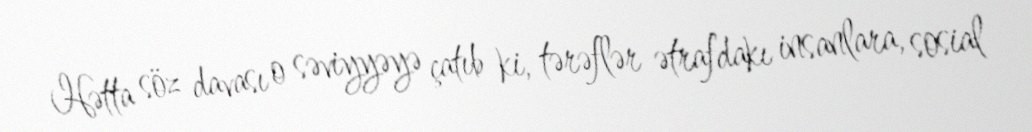
Hətta söz davası o səviyyəyə çatıb ki, tərəflər ətrafdakı insanlara, sosial